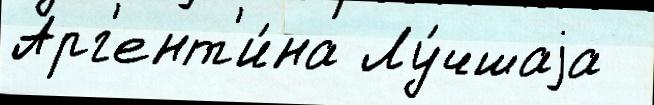
Арг'ент'и́на Лу́чшаjа